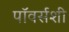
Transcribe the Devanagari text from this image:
पॉवर्सशी